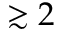
\gtrsim 2